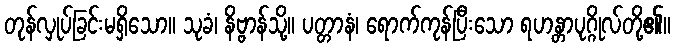
တုန်လှုပ်ခြင်းမရှိသော။ သုခံ၊ နိဗ္ဗာန်သို့။ ပတ္တာနံ၊ ရောက်ကုန်ပြီးသော ရဟန္တာပုဂ္ဂိုလ်တို့၏။